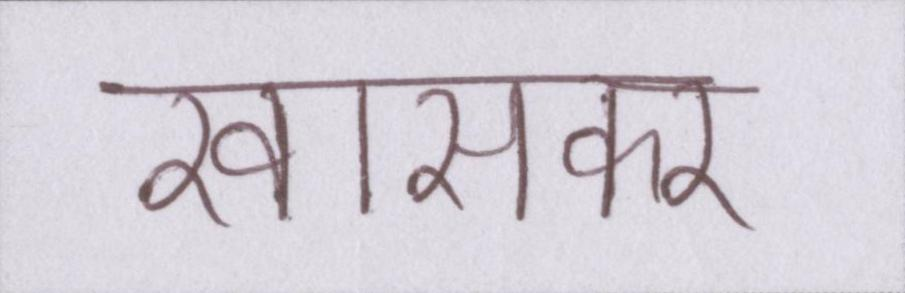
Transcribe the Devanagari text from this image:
खासकर